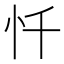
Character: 忏